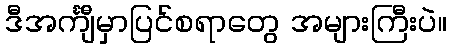
ဒီအင်္ကျီမှာပြင်စရာတွေ အများကြီးပဲ။